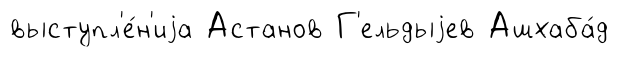
выступл'е́н'иjа Астанов Г'ельдыjев Ашхаба́д